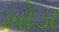
ખોડા